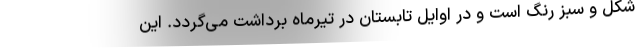
شکل و سبز رنگ است و در اوایل تابستان در تیرماه برداشت می‌گردد. این